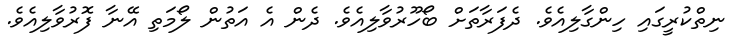
ނިތްކުރީގައި ހިންގާލިއެވެ. ދެފަރާތަށް ބޯހޫރުވާލިއެވެ. ދެން އެ އަތުން ލޯމަތި އޭނާ ފޮރުވާލިއެވެ.